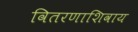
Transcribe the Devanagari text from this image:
वितरणाशिवाय